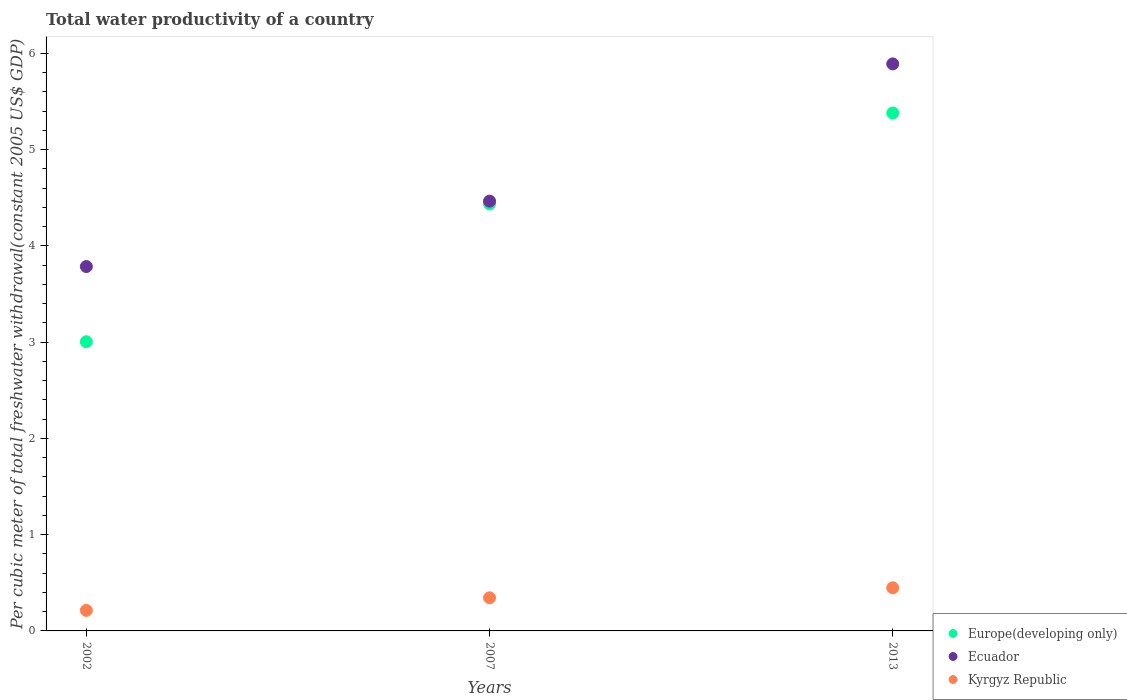
| Years | Europe(developing only) | Ecuador | Kyrgyz Republic |
 | --- | --- | --- | --- |
 | 2002 | 3 | 3.79 | 0.213 |
 | 2007 | 4.44 | 4.47 | 0.344 |
 | 2013 | 5.38 | 5.89 | 0.448 |